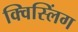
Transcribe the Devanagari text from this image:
क्विस्लिंग